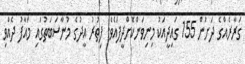
ގަރާރެއްގެ ދަށުން 155 ގައިދީއަކު މިނިވަންކޮށްދީފައެވެ. ފިތުރު އީދުގެ މުނާސަބަތުގައި މައާފު ދެއްވި